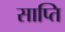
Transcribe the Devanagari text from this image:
साप्ति